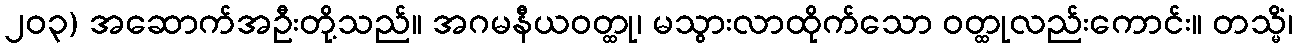
၂၀၃) အဆောက်အဦးတို့သည်။ အဂမနီယဝတ္ထု၊ မသွားလာထိုက်သော ဝတ္ထုလည်းကောင်း။ တသ္မိံ၊